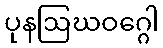
ပုနဩဃဝဂ္ဂေါ